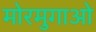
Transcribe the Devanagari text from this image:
मोरमुगाओ